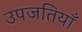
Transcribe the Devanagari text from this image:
उपजतियाँ